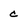
Character: c